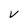
Character: v